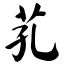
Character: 芤